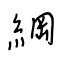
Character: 綱